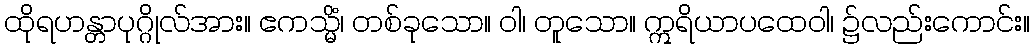
ထိုရဟန္တာပုဂ္ဂိုလ်အား။ ဧကသ္မိံ၊ တစ်ခုသော။ ဝါ၊ တူသော။ ဣရိယာပထေဝါ၊ ၌လည်းကောင်း။